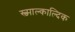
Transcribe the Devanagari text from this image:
स्च्माल्काल्दिक